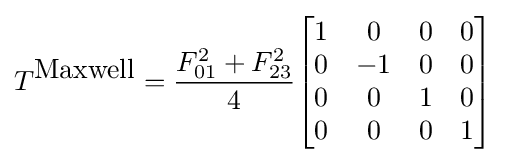
T^{\mbox{Maxwell}}={\frac {F_{01}^{2}+F_{23}^{2}}{4}}{\begin{bmatrix}1&0&0&0\\0&-1&0&0\\0&0&1&0\\0&0&0&1\\\end{bmatrix}}